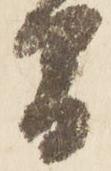
間